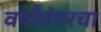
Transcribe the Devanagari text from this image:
वर्षांतंतरचा